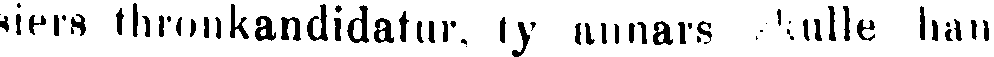
siers thronkandidatur, ty annars  skulle han